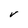
Character: V